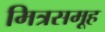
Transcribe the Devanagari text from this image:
मित्रसमूह